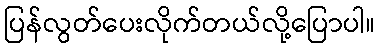
ပြန်လွတ်ပေးလိုက်တယ်လို့ပြောပါ။